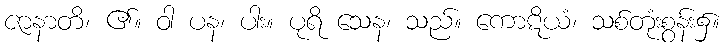
ဇာနာတိ၊ ၏။ ဝါ ပန၊ ပါး။ ပုရိ သေန၊ သည်။ ကောဋိယံ၊ သစ်တုံးစွန်း၌။